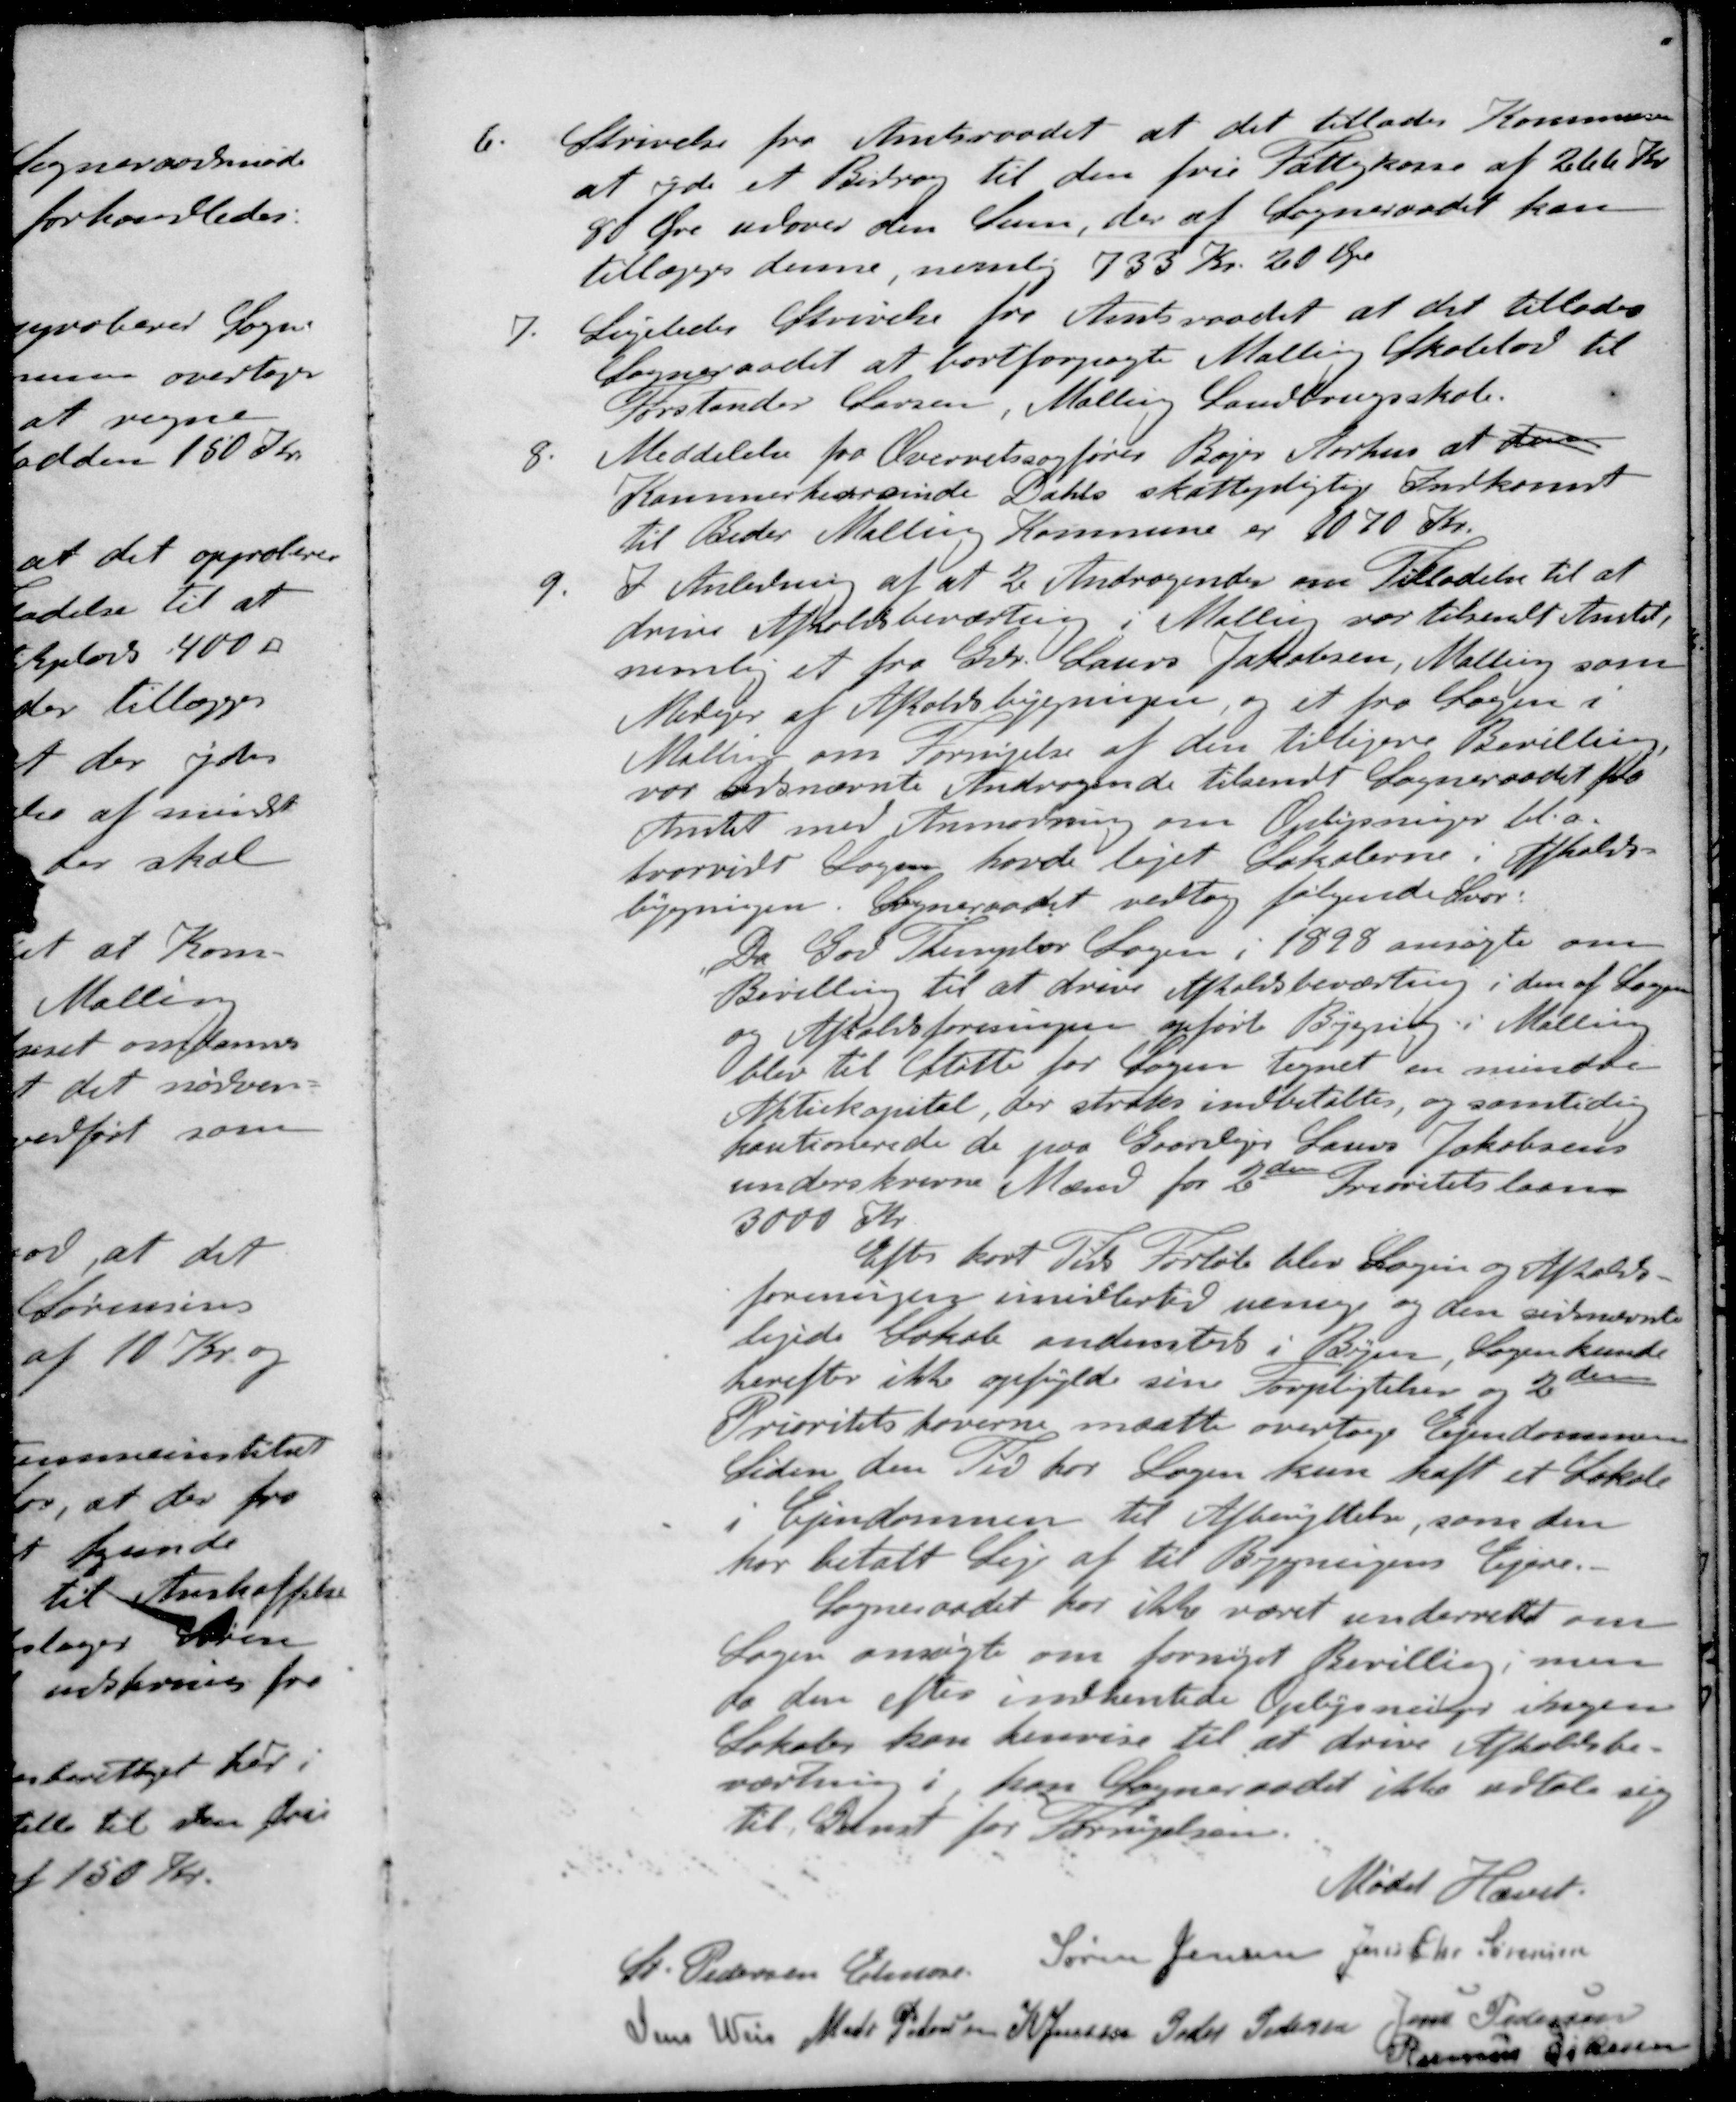
Transskription:
6. Skrivelse fra Amtsraadet at det tillades Kommunen
at yde et Bidrag til den frie Fattigkasse af 266 Kr.
80 Øre udover den Sum, der at Sogneraadet kan
tillægges denne, nemlig 733 Kr. 20 Øre
7. Ligeledes Skrivelse fra Amtsraadet at det tillades
Sogneraadet at bortforpagte Malling Skolelov til
Forstander Larsen, Malling Landbrugsskole.
8. Meddelelse fra Overretssagfører Bajer Aarhus at den
Kammerherreinde Dahls skattepligtige Indkomst
til Beder Malling Kommune er 1070 Kr.
9. I Anledning af at 2 Andragende om Tilladelse til at
drive Afholdsbeværtning i Malling var tilsendt Amtet,
nemlig et fra Gdr. Laurs Jakobsen, Malling som
Medejer af Afholdsbygningen, og et fra Logen i
Malling om Fornyelse af den tidligere Bevilling
var ovennævnte Andragende tilsendt Sogneraadet fra
Amtet med Anmodning om Oplysninger bl.a.
hvorvidt Logen havde lejet Lokalerne i Afholds-
bygningen. Sogneraadet vedtog følgende Svar:
Da God Templer Sagen i 1898 ansøgte om
Bevilling til at drive Afholdsbeværting i den af Logen
og Afholdsforeningen opførte Bygning i Malling
blev til Støtte for Sagen tegnet en mindre
Aktiekapital, der straks indbetaltes, og samtidig
kautionerede de paa Grundejer Laurs Jakobsen
underskrevne Mænd for 2 den Prioritetslaan
3000 Kr
Efter kort Tids Forløb blev Logen og Afholds-
foreningen imidlertil uenige og den sidnævnte
lejede Lokale andensteds i Byen, Logen kunde
herefter ikke opfylde sine Forpligtelser og 2den
Prioritets haverne maatte overtage Ejendommen
Siden den Tid for Logen kun haft et Lokale
i Ejendommen til Afbenyttelse, som den
har betalt Leje af til Bygningens Ejere.
Sogneraadet for ikke været underrettet om
Logen ansøgte om fornyet Bevilling, men
da den efter indhentede Oplysninger ingen
Lokaler kan henvise til at drive Afholdsbe-
værtning i, kan Sogneraadet ikke udtale sig
til Gunst for Fornyelsen.
Mødet Hævet.
St Pedersen Elmose
Søren Jensen
Jens Chr Sørensen
Jens Weis
Mads Petersen
K Jensen
Peder Petersen
Jens Pedersen
Rasmus Eskesen